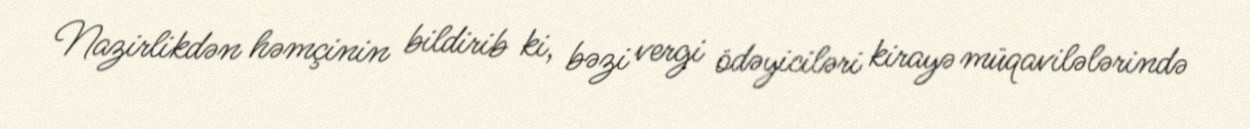
Nazirlikdən həmçinin bildirib ki, bəzi vergi ödəyiciləri kirayə müqavilələrində